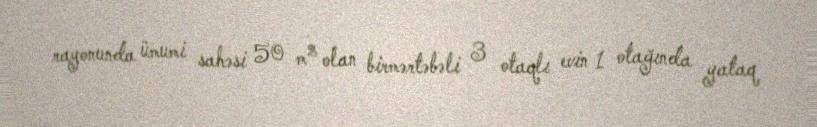
rayonunda ümumi sahəsi 50 m² olan birmərtəbəli 3 otaqlı evin 1 otağında yataq